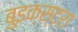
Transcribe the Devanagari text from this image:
बुइक्स्ट्रा